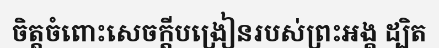
ចិត្តចំពោះសេចក្តីបង្រៀនរបស់ព្រះអង្គ ដ្បិត